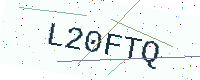
Text: L20FTQ